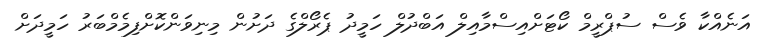
އަނެއްކާ ވެސް ސުޕްރީމް ކޯޓަށްއިސްމާއިިލް އަބްދުލް ހަމީދު ޕެރޯލްގެ ދަށުން މިނިވަންކޮށްފިމެމްބަރު ހަމީދަށް